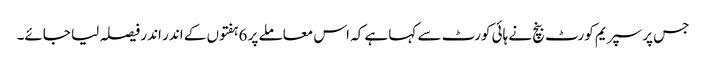
جس پر سپریم کورٹ بنچ نے ہائی کورٹ سے کہا ہے کہ اس معاملے پر 6ہفتوں کے اندر اندر فیصلہ لیا جائے۔